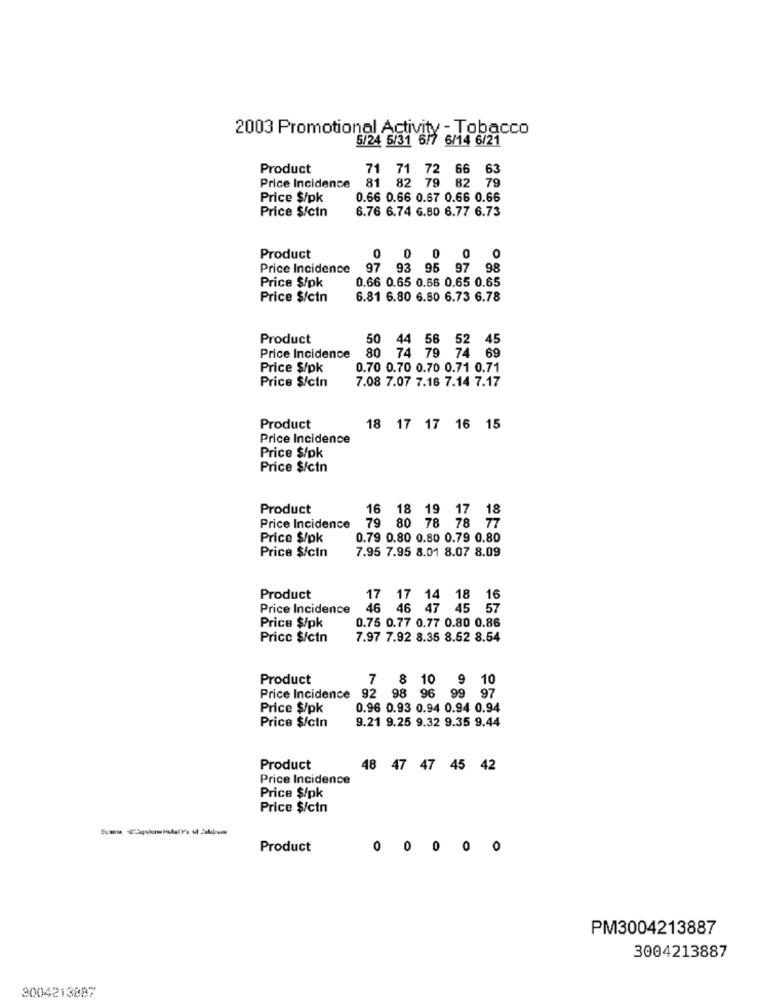
2003 Promotional Activity - Tobacco
5/24 5/31 6/7 6/14 6/21
Product
71 71 72 66 63
81 82 79 82 79
Price Incidence
Price $/pk
0.66 0.66 0.67 0.66 0.66
Price $/ctn
6.76 6.74 6.80 6.77 6.73
Product
0
0 0 0 0
Price Incidence
97 93 95 97 98
Price $/pk
0.66 0.65 0.66 0.65 0.65
Price $/ctn
6.81 6.80 6.80 6.73 6.78
Product
50 44 56 52 45
Price Incidence
80 74 79 74 69
Price $/pk
0.70 0.70 0.70 0.71 0.71
Price $/ctn
7.08 7.07 7.16 7.14 7.17
Product
18 17 17 16 15
Price Incidence
Price $/pk
Price $/ctn
Product
16 18 19 17 18
79 80 78 78 77
Price Incidence
Price $/pk
0.79 0.80 0.80 0.79 0.80
Price $/ctn
7.95 7.95 8.01 8.07 8.09
Product
17 17 14 18 16
Price Incidence
6 46 47 45 57
0.75 0.77 0.77 0.80 0.86
Price $/pk
Price $/ctn
7.97 7.92 8.35 8.62 8.54
Product
8 10
10
Price Incidence
92 98 96 99 97
Price $/pk
0.96 0.93 0.94 0.94 0.94
9.21 9.25 9.32 9.35 9.44
Price $/ctn
Product
48 47 47 45 42
Price Incidence
Price $/pk
Price $/ctn
Product
0 0 0 0 0
PM3004213887
3004213887
3004213887